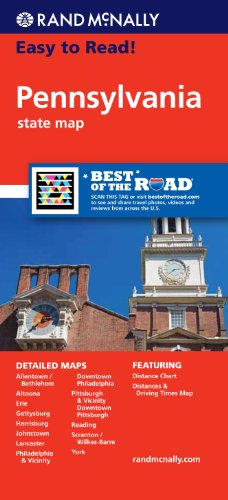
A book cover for Rand Mcnally Easy To Read: Pennsylvania State Map; Rand McNally; Travel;